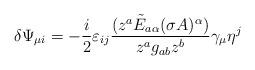
LaTeX: \begin{align*}\delta \Psi _{\mu i} = - \frac{i}{2} \varepsilon _{ij} \frac{(z^a\tilde{E}_{a\alpha }(\sigma A)^\alpha )}{z^a g_{ab} z^b} \gamma _\mu \eta ^j \end{align*}